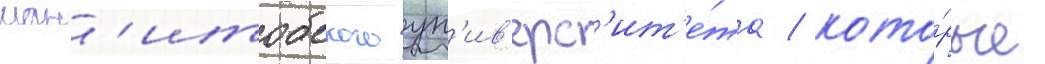
ман'итобского ун'ив'ерс'ит'е́та / кото́рые